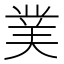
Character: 菐